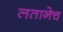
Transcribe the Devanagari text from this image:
लतानेच